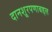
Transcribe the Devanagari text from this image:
दानशूरपणाबद्दल